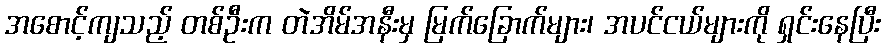
အစောင့်ကျသည့် တစ်ဦးက တဲအိမ်အနီးမှ မြက်ခြောက်များ၊ အပင်ငယ်များကို ရှင်းနေပြီး